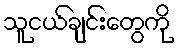
သူငယ်ချင်းတွေကို